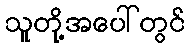
သူတို့အပေါ်တွင်